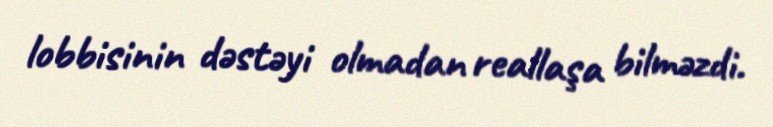
lobbisinin dəstəyi olmadan reallaşa bilməzdi.